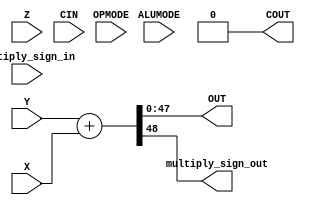
module ALU #(parameter WIDTH=48, parameter USE_MULT_ATTR= "multiply")(
input wire [6:0] OPMODE,
input wire [3:0] ALUMODE,
input wire [WIDTH-1:0] X,Y,Z,
input wire CIN,multiply_sign_in,
output reg [WIDTH-1:0] OUT,
output reg COUT,multiply_sign_out
);
localparam NONE= "none";
localparam USE_MULT= "multiply";
always @(*)
begin
if(USE_MULT_ATTR==USE_MULT)
begin
{multiply_sign_out,OUT}= Y + X;
COUT=0;
end
else
begin
multiply_sign_out=0;
case (ALUMODE)
'b0000: {COUT,OUT}= Z + X + Y + CIN;
'b0001: {COUT,OUT}= (~Z) + X + Y + CIN;
'b0010: {COUT,OUT}= ~ (Z + X + Y + CIN) ;
'b0011: {COUT,OUT}= Z - (X + Y + CIN);
'b0100: begin
COUT=0;
if(OPMODE[3:2]=='b00)
begin
OUT= X ^ Z;
end
else if(OPMODE[3:2]=='b10)
begin
OUT=~( X ^ Z);
end
else
begin
OUT='b0;
end
end
'b0101: begin
COUT=0;
if(OPMODE[3:2]=='b00)
begin
OUT= ~( X ^ Z);
end
else if(OPMODE[3:2]=='b10)
begin
OUT=( X ^ Z);
end
else
begin
OUT='b0;
end
end
'b0110: begin
COUT=0;
if(OPMODE[3:2]=='b00)
begin
OUT= ~( X ^ Z);
end
else if(OPMODE[3:2]=='b10)
begin
OUT=( X ^ Z);
end
else
begin
OUT='b0;
end
end
'b0111: begin
COUT=0;
if(OPMODE[3:2]=='b00)
begin
OUT= ( X ^ Z);
end
else if(OPMODE[3:2]=='b10)
begin
OUT=~( X ^ Z);
end
else
begin
OUT='b0;
end
end
'b1000: begin
COUT=0;
OUT='b0;
end
'b1001: begin
COUT=0;
OUT='b0;
end
'b1010: begin
COUT=0;
OUT='b0;
end
'b1011: begin
COUT=0;
OUT=0;
end
'b1100: begin
COUT=0;
if(OPMODE[3:2]=='b00)
begin
OUT= X & Z;
end
else if(OPMODE[3:2]=='b10)
begin
OUT=X |Z ;
end
else
begin
OUT='b0;
end
end
'b1101: begin
COUT=0;
if(OPMODE[3:2]=='b00)
begin
OUT= X &( ~Z);
end
else if(OPMODE[3:2]=='b10)
begin
OUT=X |(~ Z) ;
end
else
begin
OUT='b0;
end
end
'b1110: begin
COUT=0;
if(OPMODE[3:2]=='b00)
begin
OUT= ~ (X & Z);
end
else if(OPMODE[3:2]=='b10)
begin
OUT=~ (X | Z );
end
else
begin
OUT='b0;
end
end
'b1111: begin
COUT=0;
if(OPMODE[3:2]=='b00)
begin
OUT= (~ X) | Z;
end
else if(OPMODE[3:2]=='b10)
begin
OUT=(~ X) & Z ;
end
else
begin
OUT='b0;
end
end
default: begin
COUT=0;
OUT ='b0;
end
endcase
end
end
endmodule